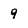
Character: 9